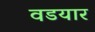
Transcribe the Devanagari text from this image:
वडयार